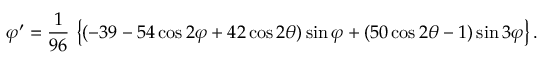
\varphi ^ { \prime } = { \frac { 1 } { 9 6 } } \, \left\{ ( - 3 9 - 5 4 \cos 2 \varphi + 4 2 \cos 2 \theta ) \sin \varphi + ( 5 0 \cos 2 \theta - 1 ) \sin 3 \varphi \right\} .